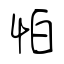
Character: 怕